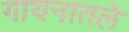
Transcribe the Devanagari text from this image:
गायनातले